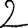
Digit: 2